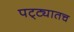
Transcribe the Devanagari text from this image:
पट्ट्यातच